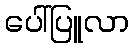
ပေါ်ပြူလာ